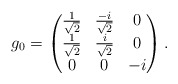
\begin{align*}g_0=\begin{pmatrix}\frac{1}{\sqrt{2}} & \frac{-i}{\sqrt{2}} & 0\\\frac{1}{\sqrt{2}} & \frac{i}{\sqrt{2}} & 0\\0 & 0 & -i\end{pmatrix}.\end{align*}